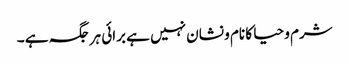
شرم و حیا کا نام و نشان نہیں ہے برائی ہر جگہ ہے ۔